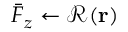
\bar { F } _ { z } \gets \mathcal { R } ( \mathbf r )